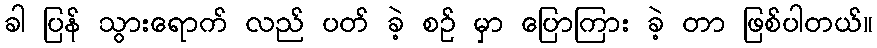
ခါ ပြန် သွားရောက် လည် ပတ် ခဲ့ စဉ် မှာ ပြောကြား ခဲ့ တာ ဖြစ်ပါတယ်။